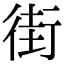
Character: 街